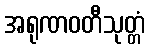
အရုဏဝတီသုတ္တံ